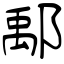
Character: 鄅